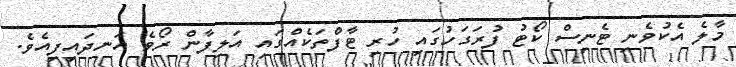
މާލެ އެކުވެނި ޓެނިސް ކޯޓު ފުރަގަހުގައި ހުރި ޓާފްތަކެއްގައި އަލިފާން ރޯވެ އަނދައިފިއެވެ.